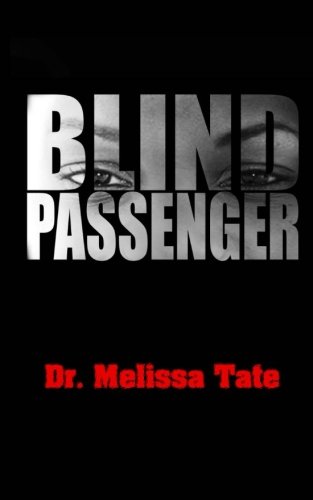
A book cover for Blind Passenger; Dr. Melissa Tate; Parenting & Relationships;